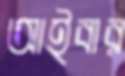
আইবার